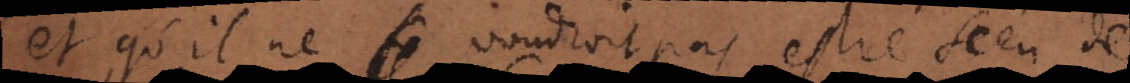
ce qu’il ne voudroit pas estre sceu de